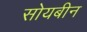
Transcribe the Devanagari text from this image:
सोयबीन